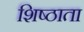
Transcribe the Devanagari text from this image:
शिष्ठाता